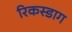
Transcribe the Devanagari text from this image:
रिकस्डाग